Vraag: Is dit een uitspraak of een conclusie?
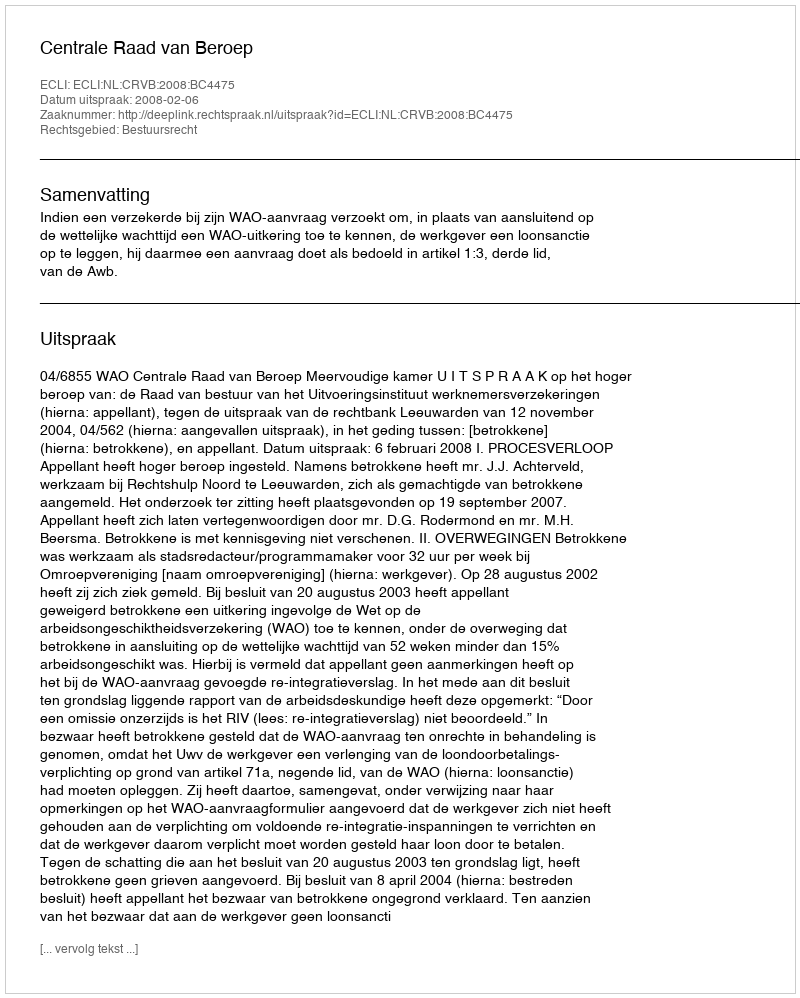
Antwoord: Uitspraak